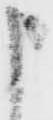
申